Indian journal of veterinary science and animal husbandry - Volume 3,
Year: 1933
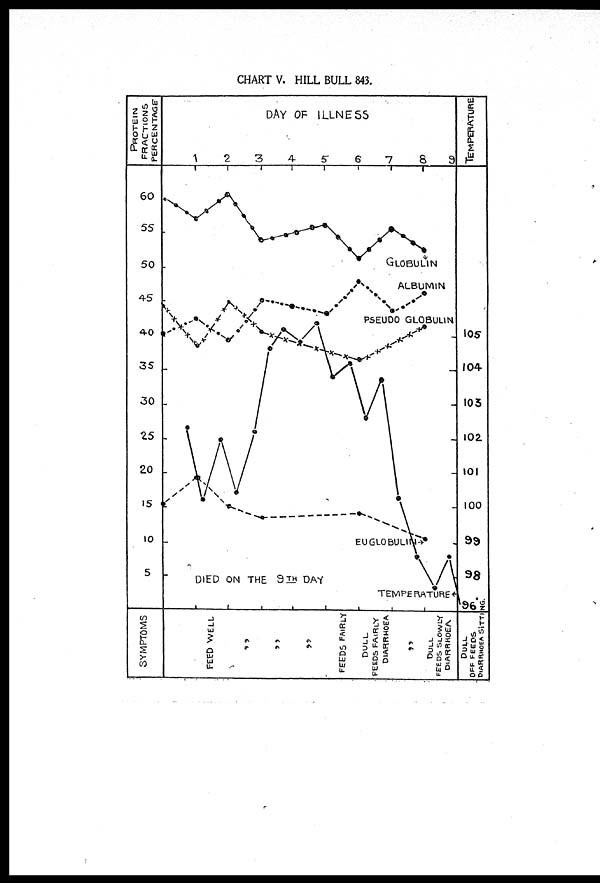
CHART V. HILL BULL 843.